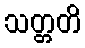
သတ္တတိ